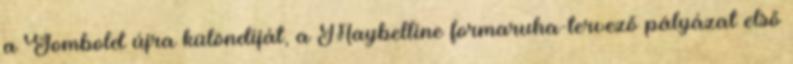
a Gombold újra különdíját, a Maybelline formaruha-tervező pályázat első